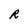
Character: R